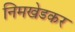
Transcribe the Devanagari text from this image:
निमखेडकर